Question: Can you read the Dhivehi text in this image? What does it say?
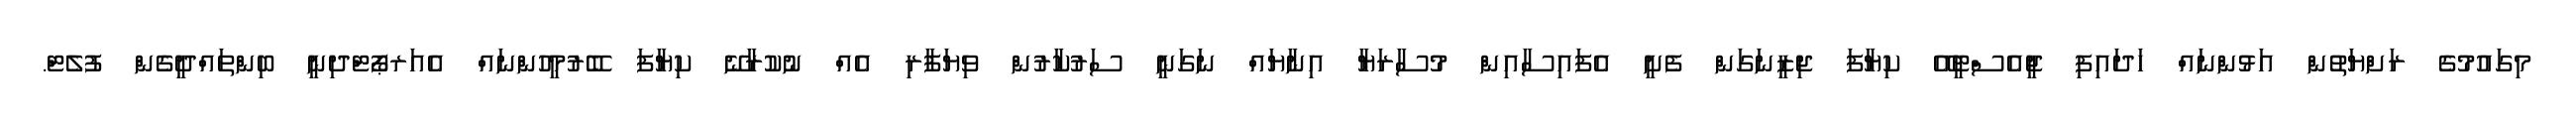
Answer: މިގައުމުގެ ރަށްޔަތުން އަޅުންނައް ހަދައިފި ޖީއެސްޓީއޭ ކިޔާފަ ޖިޒީނަގަން ފެށީ އެފައިސާއިން މުސާރަޔާ އިނާޔައް ނަގަނީ ސަރުކާރުން ވިޔަފާރި އެއް ނުކުރާނޭ ކިޔާފަ ބޭރުމީހުންނައް އެއަރޕޯޓްދިނީ ބިންތައްދީގެން ފުލެޓް.